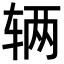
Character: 辆